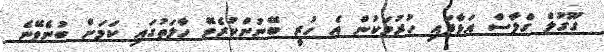
ގޫގުލް ގްލާސް އަޅާފައި ހުރުމަކުން އެ ހުރީ ބޭނުންކުރެވޭ ހާލަތުގައި ކަމަށް ބުނެވޭނެ